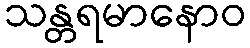
သန္တရမာနောဝ